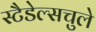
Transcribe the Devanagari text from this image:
स्टैडेल्सचुले